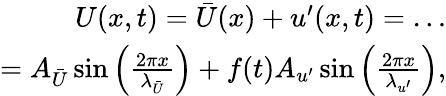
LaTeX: \begin{array}{r}{U(x,t)=\bar{U}(x)+u^{\prime}(x,t)=\ldots}\\ {=A_{\bar{U}}\sin\left(\frac{2\pi x}{\lambda_{\bar{U}}}\right)+f(t)A_{u^{\prime}}\sin\left(\frac{2\pi x}{\lambda_{u^{\prime}}}\right),}\end{array}